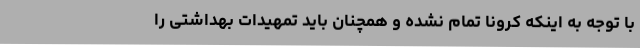
با توجه به اینکه کرونا تمام نشده و همچنان باید تمهیدات بهداشتی را